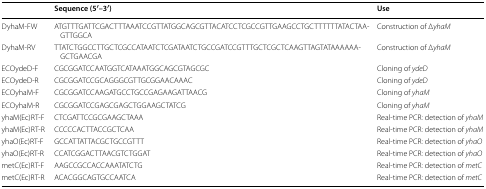
<table><thead><tr><td>[EMPTY_CELL]</td><td><b>Sequence (5′–3′)</b></td><td><b>Use</b></td></tr></thead><tbody><tr><td>DyhaM-FW</td><td>ATGTTTGATTCGACTTTAAATCCGTTATGGCAGCGTTACATCCTCGCCGTTGAAGCCTGCTTTTTTATACTAAGTTGGCA</td><td>Construction of Δ<i>yhaM</i></td></tr><tr><td>DyhaM-RV</td><td>TTATCTGGCCTTGCTCGCCATAATCTCGATAATCTGCCGATCCGTTTGCTCGCTCAAGTTAGTATAAAAAAGCTGAACGA</td><td>Construction of Δ<i>yhaM</i></td></tr><tr><td>ECOydeD-F</td><td>CGCGGATCCAATGGTCATAAATGGCAGCGTAGCGC</td><td>Cloning of <i>ydeD</i></td></tr><tr><td>ECOydeD-R</td><td>CGCGGATCCGCAGGGCGTTGCGGAACAAAC</td><td>Cloning of <i>ydeD</i></td></tr><tr><td>ECOyhaM-F</td><td>CGCGGATCCAAGATGCCTGCCGAGAAGATTAACG</td><td>Cloning of <i>yhaM</i></td></tr><tr><td>ECOyhaM-R</td><td>CGCGGATCCGAGCGAGCTGGAAGCTATCG</td><td>Cloning of <i>yhaM</i></td></tr><tr><td>yhaM(Ec)RT-F</td><td>CTCGATTCCGCGAAGCTAAA</td><td>Real-time PCR: detection of <i>yhaM</i></td></tr><tr><td>yhaM(Ec)RT-R</td><td>CCCCCACTTACCGCTCAA</td><td>Real-time PCR: detection of <i>yhaM</i></td></tr><tr><td>yhaO(Ec)RT-F</td><td>GCCATTATTACGCTGCCGTTT</td><td>Real-time PCR: detection of <i>yhaO</i></td></tr><tr><td>yhaO(Ec)RT-R</td><td>CCATCGGACTTAACGTCTGGAT</td><td>Real-time PCR: detection of <i>yhaO</i></td></tr><tr><td>metC(Ec)RT-F</td><td>AAGCCGCCACCAAATATCTG</td><td>Real-time PCR: detection of <i>metC</i></td></tr><tr><td>metC(Ec)RT-R</td><td>ACACGGCAGTGCCAATCA</td><td>Real-time PCR: detection of <i>metC</i></td></tr></tbody></table>